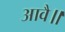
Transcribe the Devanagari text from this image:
आवै॥